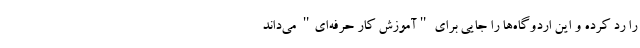
را رد کرده و این اردوگاه‌ها را جایی برای "آموزش کار حرفه‌ای" می‌داند